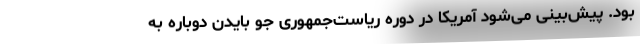
بود. پیش‌بینی می‌شود آمریکا در دوره ریاست‌جمهوری جو بایدن دوباره به